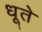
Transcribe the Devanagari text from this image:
धूते